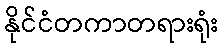
နိုင်ငံတကာတရားရုံး